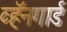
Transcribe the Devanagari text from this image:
व्हॅनगार्ड